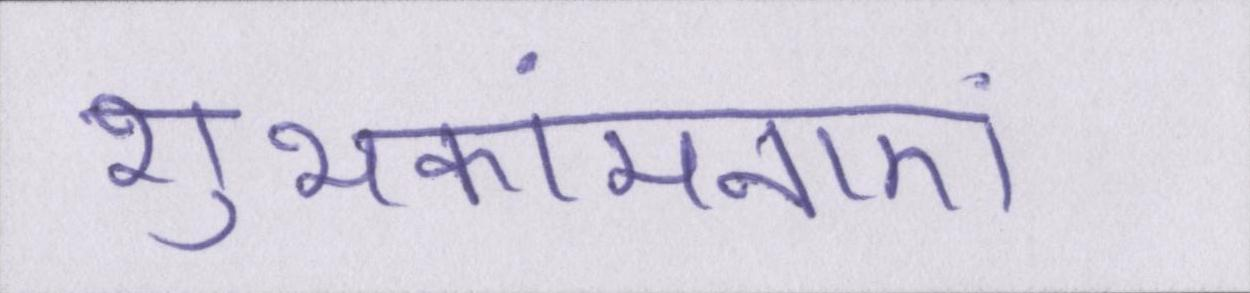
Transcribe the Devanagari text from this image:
शुभकांमनाएं